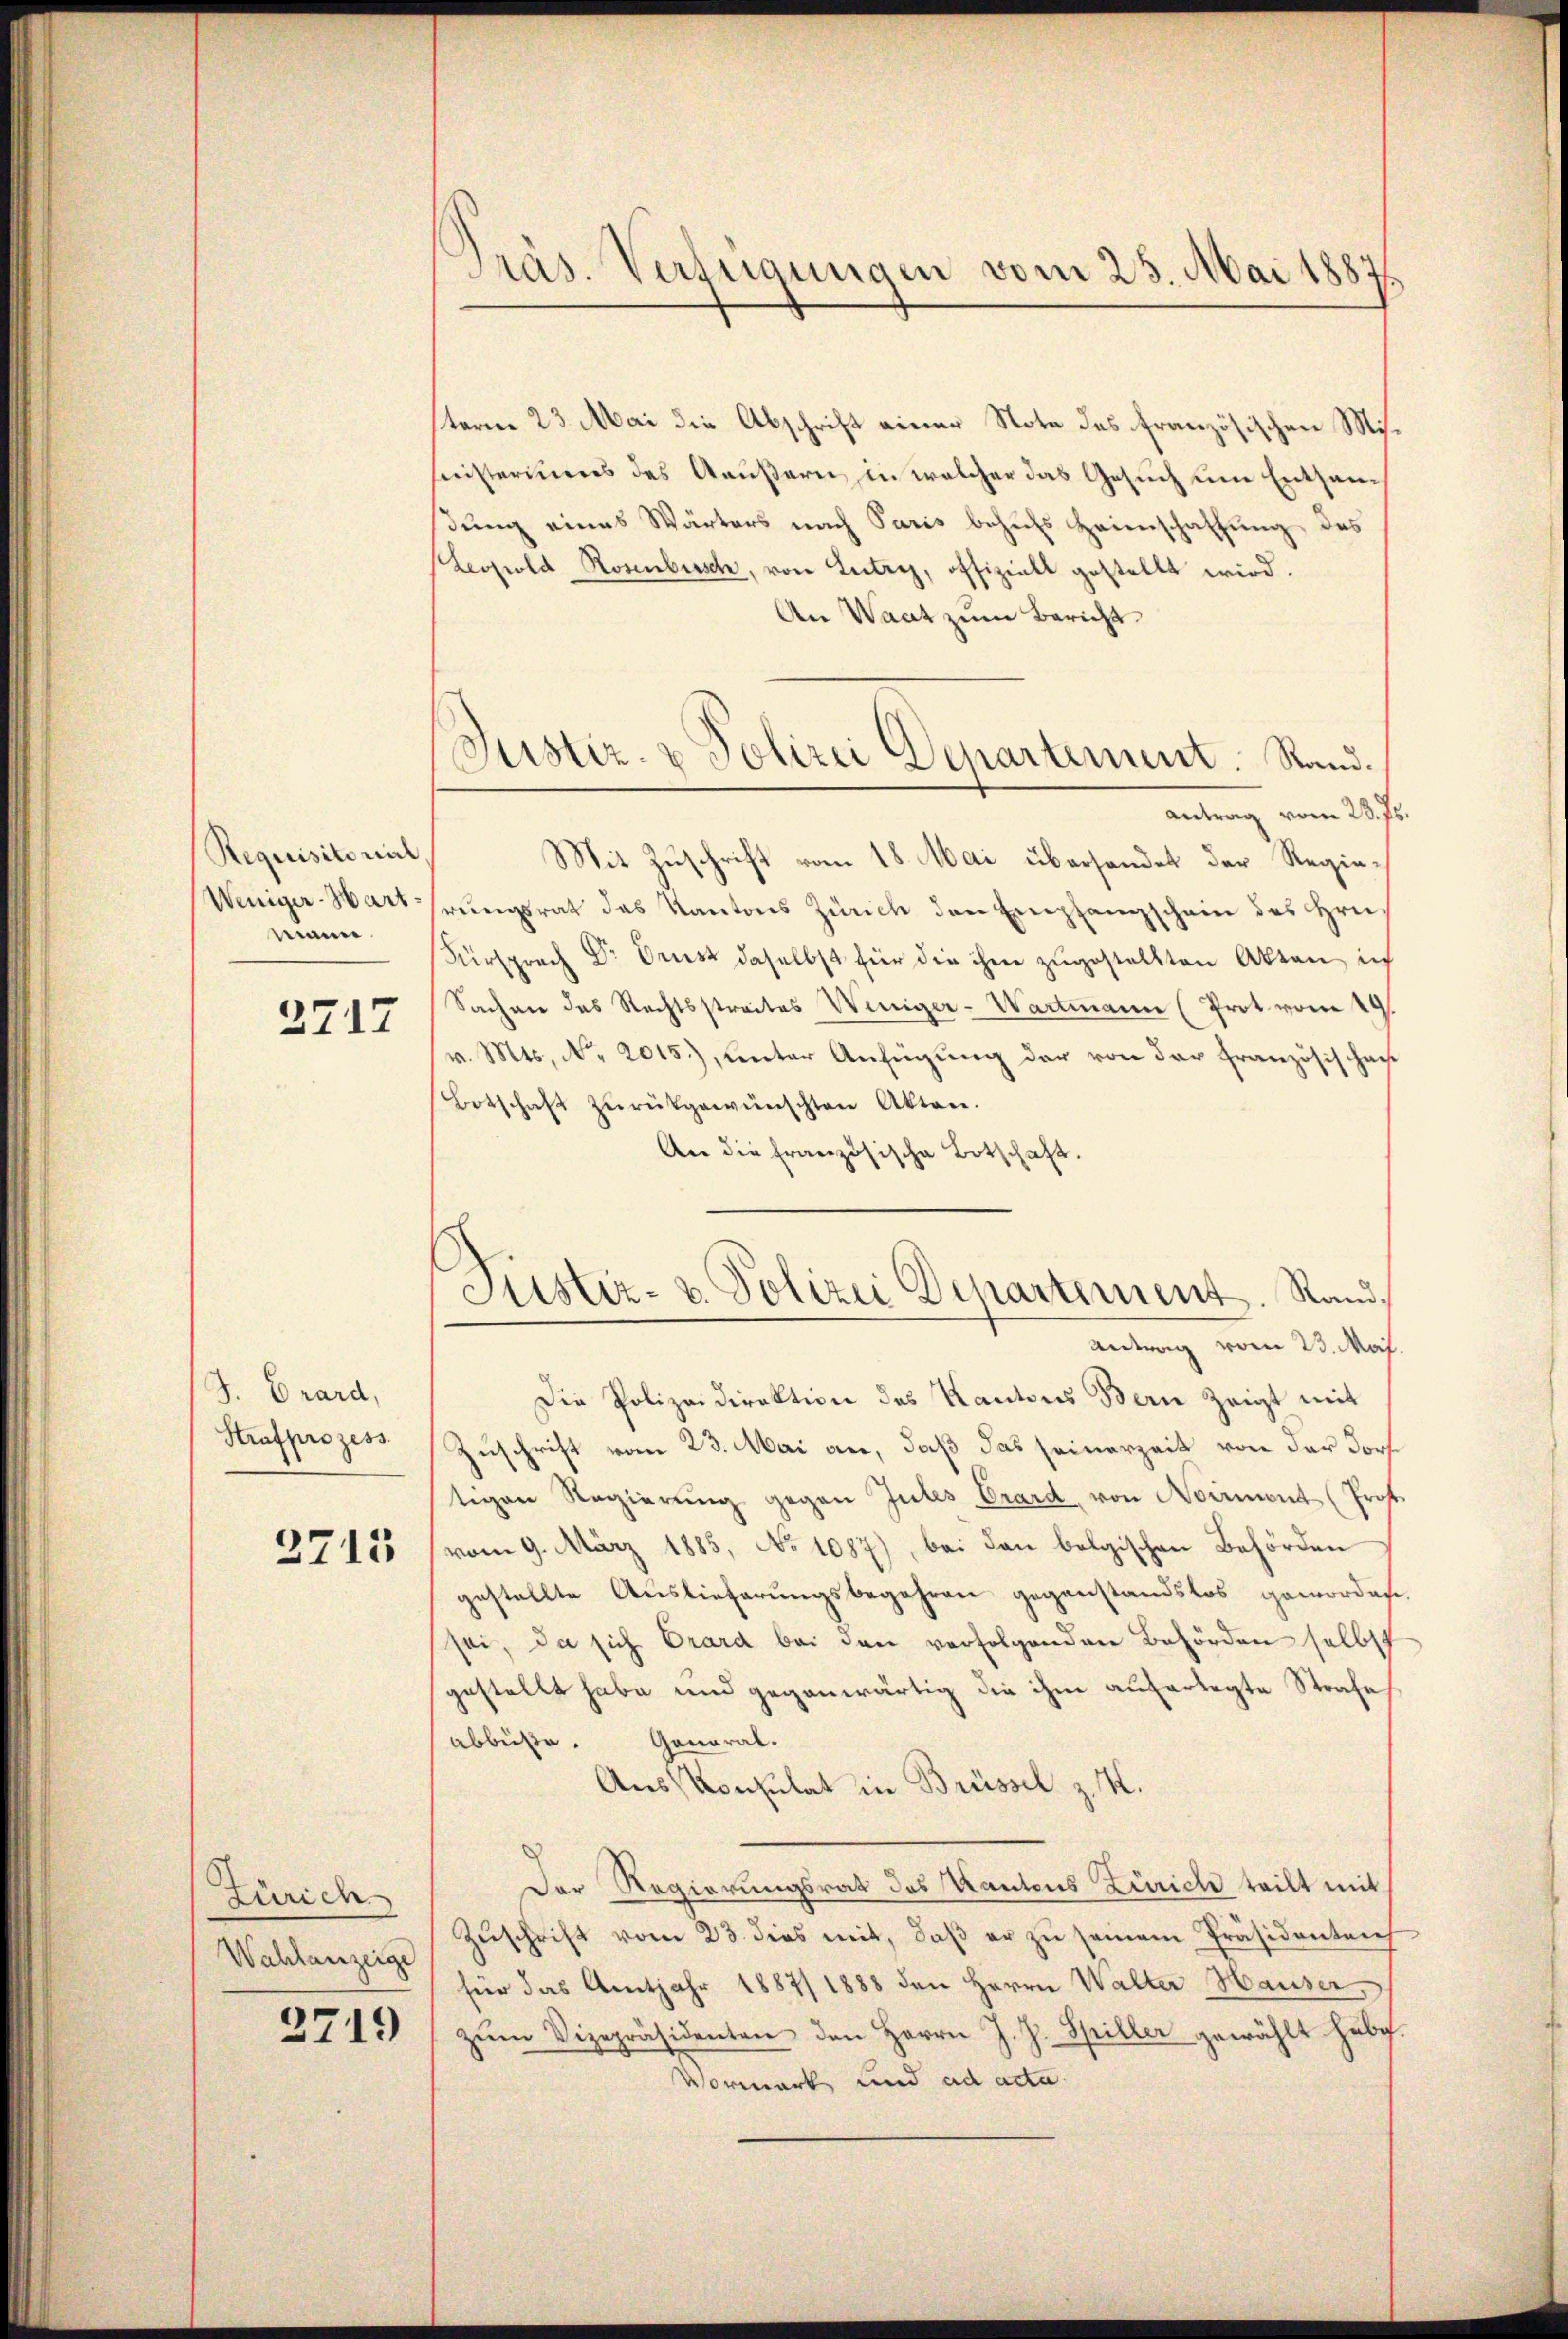
Requisitorial
Weniger-Hartmann.

2717

J. Grard,
Strafprozess

2715

Zürich
Wahlanzeige

2719

Präs. Verfügungen vom 25. Mai 1887

terne 23. Mai die Abschrift einer Note des französischen Misseeisteriums des Aeußern, in welcher das Gesuch eine Entsam
dŭng eines Wärters nach Paris behŭfs Heinschaftung des
Leopold Rosenbesche, von Lutry, offiziell gestellt wird.
An Waat zum Bericht
antrag vom 23. Js.
Mit Zuschrift vom 18. Mai übersendet der Regierŭngsrat das Kantons Zürich den Empfangschein des Hrn.
Fürsprach Dr Brust daselbst für die ihm zugestellten Akten ic
Sachen das Rechtsstreites Weniger-Wartmann (Prot. vom 19.
v. Mts. No 2015), unter Anfügung der von der Französischen
Botschaft zŭrückgewünschten Akten.
An die französische Botschaft.
Justiz- & Polizei Departement. Rand¬
Antrag vom 23. Maj.
Die Polizeidirektion des Kantons Bern zeigt mit
Zuschrift vom 23. Mai an, daß das seinerzeit von der Dorf
tigen Regierŭng gegen Intes Crard, von Noiment (Prof.
vom 9. März 1885, No 1087), bei den belgischen Behörden
gestellte Auslieferungsbegehren gegenstandslos geworden.
sei, da sich Drard bei den verfolgenden Behörden selbst
gestellt habe und gegenwärtig die ihm auferlegte Strafe
abbüße. General-
Aus Konsulat in Brüssel z. K.
Der Regierungsrat des Kantons Zürich teilt mit
Zŭschrift vom 23. dies mit, daβ er zŭ seinem Präsidenten
für das Amtjahr 1887/1888 den Herrn Walter Hauser,
zŭm Vizepräsidenten den Herrn J. J. Spiller gewählt habe.
Vormark, und ad acta

Justiz- & Polizei Departement. Stand.